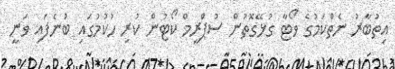
އިތުބާރު ނެތްކަމުގެ ވޯޓާ ގުޅޭގޮތުން ސުޕްރީމް ކޯޓުން ކުރި ހުކުމުގައި ބުނެފައި ވަނީ